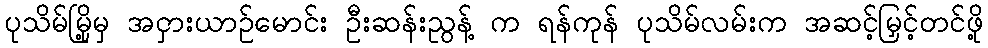
ပုသိမ်မြို့မှ အငှားယာဉ်မောင်း ဦးဆန်းညွန့် က ရန်ကုန် ပုသိမ်လမ်းက အဆင့်မြှင့်တင်ဖို့